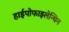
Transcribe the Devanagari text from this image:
हाईपोफाइलेन्थिन